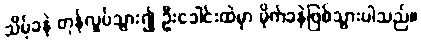
သိမ့်ခနဲ တုန်လှုပ်သွား၍ ဦးခေါင်းထဲမှာ မိုက်ခနဲဖြစ်သွားပါသည်။